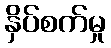
နှိပ်စက်မှု